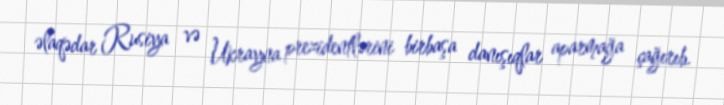
əlaqədar Rusiya və Ukrayna prezidentlərini birbaşa danışıqlar aparmağa çağırıb.